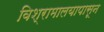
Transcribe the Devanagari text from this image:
विश्रामालयापासून